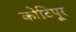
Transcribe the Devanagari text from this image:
कोटिपूर